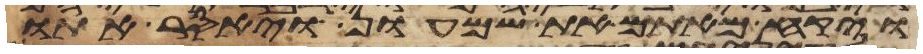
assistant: ויקח מאתם את שמעון ויאסר אתו